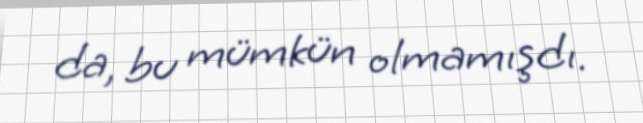
da, bu mümkün olmamışdı.